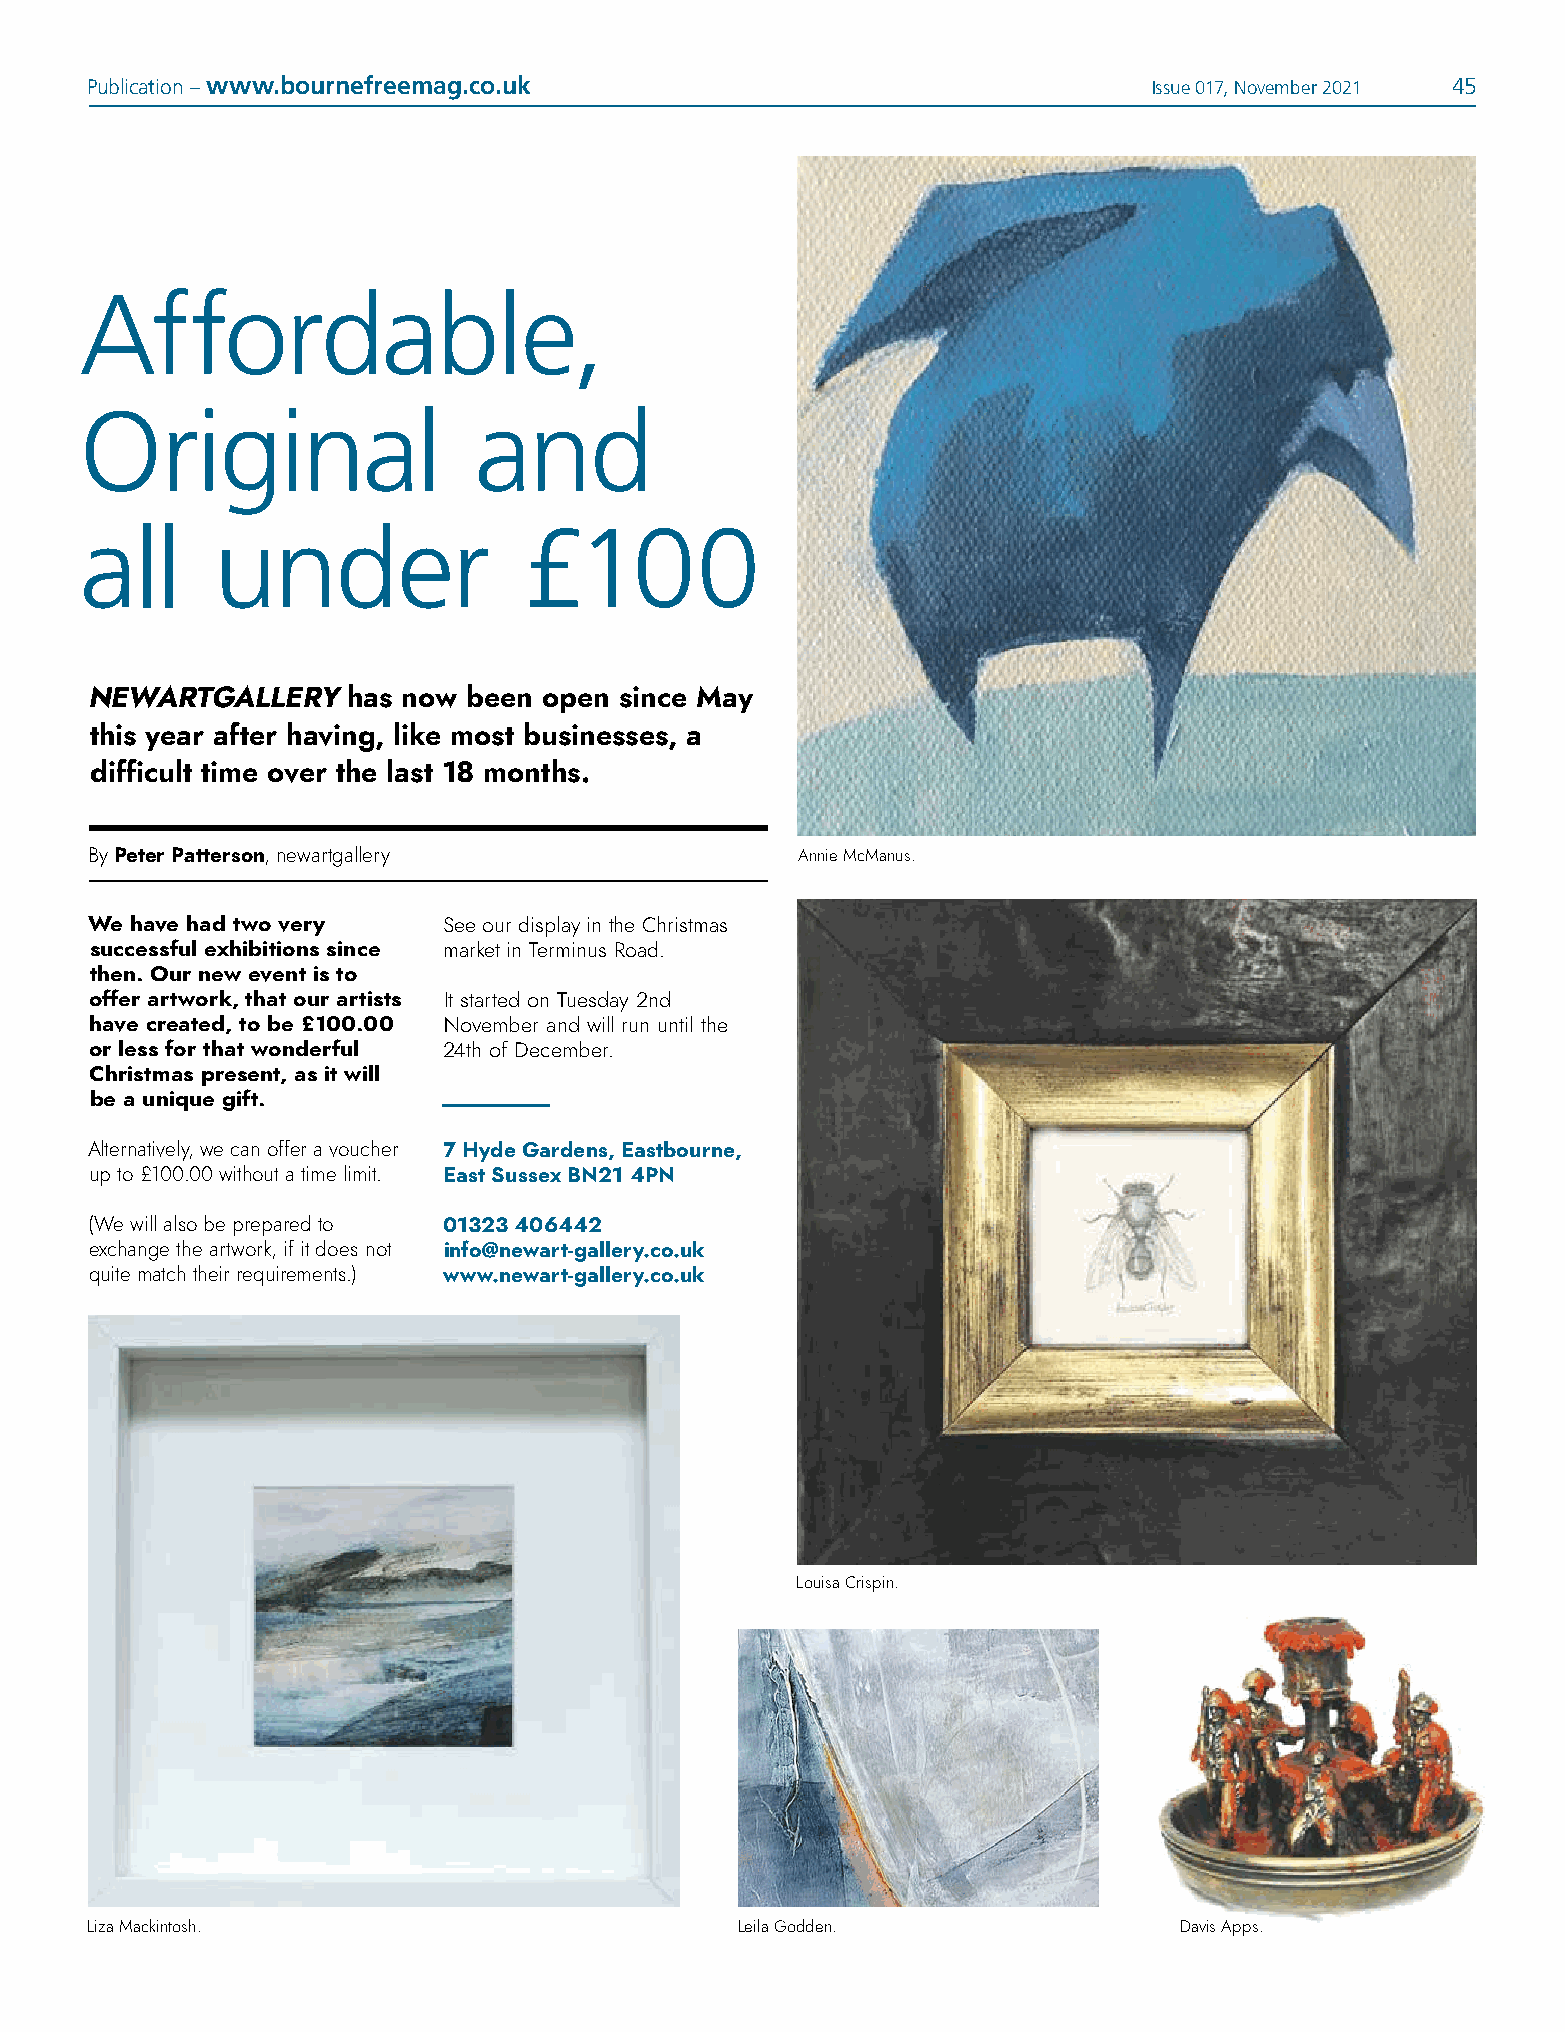
Publication – www.bournefreemag.co.uk                                 Issue 017, November 2021 45
 Affordable,
 Original                  and
 all      under                £100
 NEWARTGALLERY    has now been open since May
 this year after having, like most businesses, a
 difficult time over the last 18 months.
 By Peter Patterson, newartgallery              Annie McManus.
 We have had two very   See our display in the Christmas
 successful exhibitions since market in Terminus Road.
 then. Our new event is to
 offer artwork, that our artists It started on Tuesday 2nd
 have created, to be £100.00 November and will run until the
 or less for that wonderful 24th of December.
 Christmas present, as it will
 be a unique gift.
 Alternatively, we can offer a voucher 7 Hyde Gardens, Eastbourne,
 up to £100.00 without a time limit. East Sussex BN21 4PN
 (We will also be prepared to 01323 406442
 exchange the artwork, if it does not info@newart-gallery.co.uk
 quite match their requirements.) www.newart-gallery.co.uk
 Louisa Crispin.
 Liza Mackintosh.                           Leila Godden.                Davis Apps.